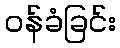
ဝန်ခံခြင်း